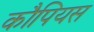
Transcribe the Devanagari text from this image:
कौपियस